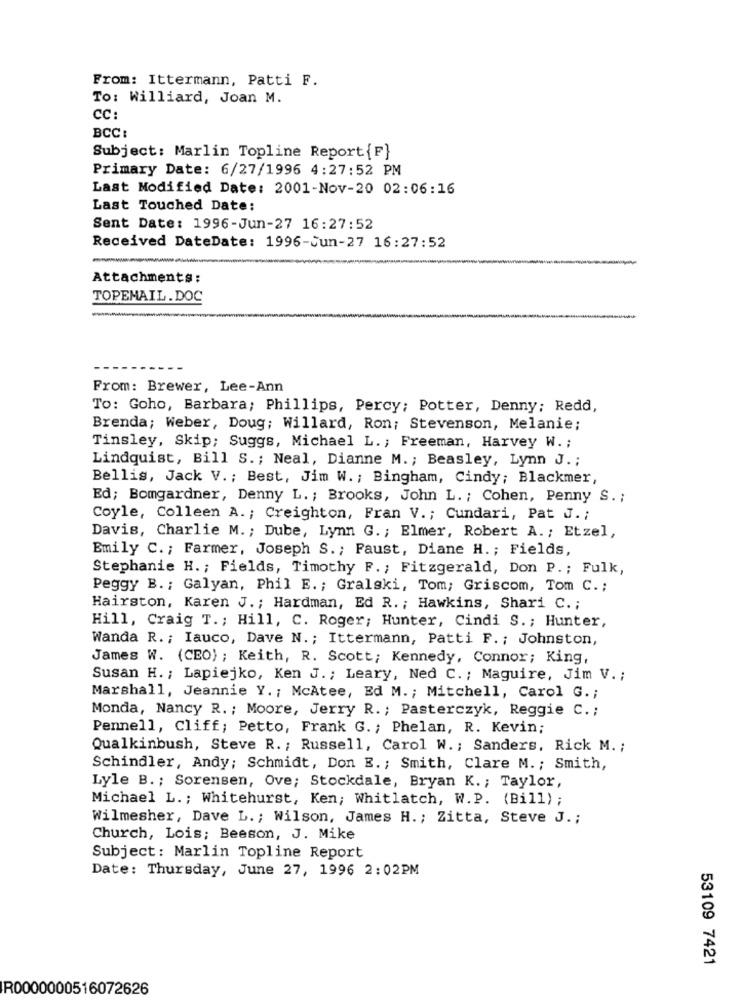
From: Ittermann, Patti F.
To: Williard, Joan M.
CC:
BCC:
Subject: Marlin Topline Report{F}
Primary Date: 6/27/1996 4:27:52 PM
Last Modified Date: 2001-Nov-20 02:06:16
Last Touched Date:
Sent Date: 1996-Jun-27 16:27:52
Received DateDate: 1996-Jun-27 16:27:52
Attachments:
TOPEMAIL.DOC
--
From: Brewer, Lee-Ann
To: Goho, Barbara; Phillips, Percy; Potter, Denny; Redd,
Brenda; Weber, Doug; Willard, Ron; Stevenson, Melanie;
Tinsley, Skip; Suggs, Michael L .; Freeman, Harvey W. ;
Lindquist, Bill S .; Neal, Dianne M. ; Beasley, Lynn J .;
Bellis, Jack V .; Best, Jim W. ; Bingham, Cindy; Blackmer,
Ed; Bomgardner, Denny L. ; Brooks, John L. ; Cohen, Penny S. ;
Coyle, Colleen A. ; Creighton, Fran V .; Cundari, Pat J .;
Davis, Charlie M .; Dube, Lynn G. ; Elmer, Robert A .; Etzel,
Emily C. ; Farmer, Joseph S. ; Faust, Diane H. ; Fields,
Stephanie H. ; Fields, Timothy F. ; Fitzgerald, Don P. ; Fulk,
Peggy B. ; Galyan, Phil E .; Gralski, Tom; Griscom, Tom C. ;
Hairston, Karen J. ; Hardman, Ed R. ; Hawkins, Shari C. ;
Hill, Craig T. ; Hill, C. Roger; Hunter, Cindi S .; Hunter,
Wanda R. ; Iauco, Dave N .; Ittermann, Patti F. ; Johnston,
James W. (CEO) ; Keith, R. Scott; Kennedy, Connor; King,
Susan H. ; Lapiejko, Ken J .; Leary, Ned C .; Maguire, Jim V. ;
Marshall, Jeannie Y .; McAtee, Ed M .; Mitchell, Carol G .;
Monda, Nancy R. ; Moore, Jerry R. ; Pasterczyk, Reggie C .;
Pennell, Cliff; Petto, Frank G. ; Phelan, R. Kevin;
Qualkinbush, Steve R. ; Russell, Carol W .; Sanders, Rick M. ;
Schindler, Andy; Schmidt, Don E .; Smith, Clare M. ; Smith,
Lyle B. ; Sorensen, Ove; Stockdale, Bryan K. ; Taylor,
Michael L .; Whitehurst, Ken; Whitlatch, W.P. (Bill) ;
Wilmesher, Dave L .; Wilson, James H .; Zitta, Steve J .;
Church, Lois; Beeson, J. Mike
Subject: Marlin Topline Report
Date: Thursday, June 27, 1996 2:02PM
53109 7421
R0000000516072626